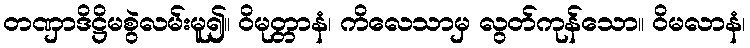
တဏှာဒိဋ္ဌိမစွဲလမ်းမူ၍။ ဝိမုတ္တာနံ၊ ကိလေသာမှ လွတ်ကုန်သော။ ဝိမလာနံ၊